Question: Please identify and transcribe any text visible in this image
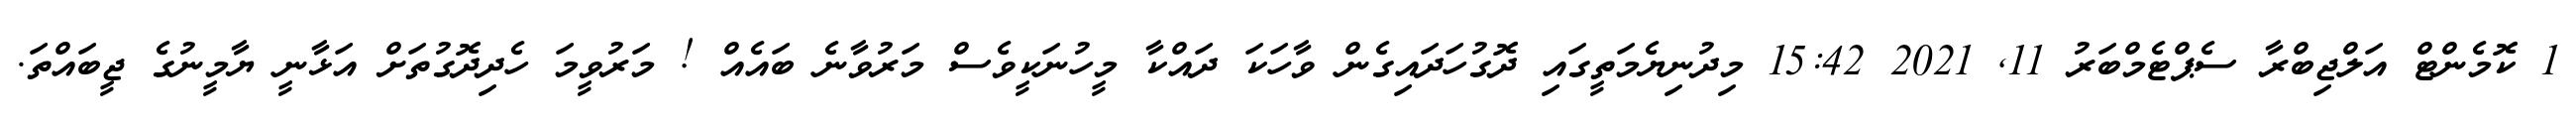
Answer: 1 ކޮމެންޓް އަލްޖިބްރާ ސެޕްޓެމްބަރު 11, 2021 15:42 މިދުނިޔެމަތީގައި ދޮގުހަދައިގެން ވާހަކަ ދައްކާ މީހުނަކީވެސް މަރުވާނެ ބައެއް ! މަރުވީމަ ހެދިދޮގުތަށް އަޅާނީ ޔާމީނުގެ ޖީބައްތަ.